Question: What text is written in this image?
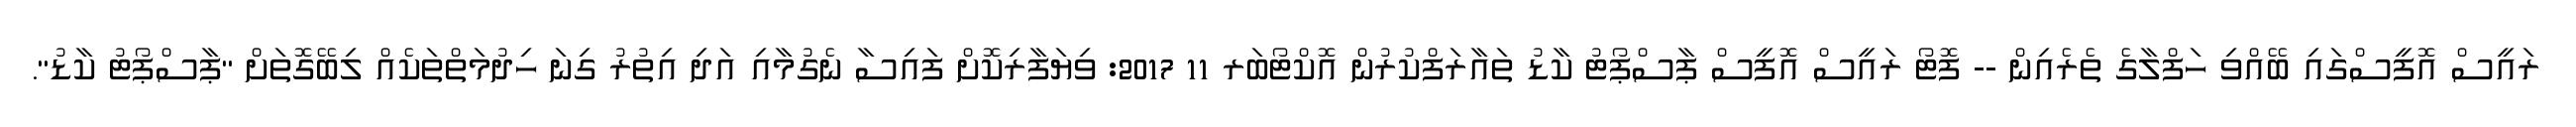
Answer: ރައީސް އޮފީސްގައި ބޭއްވި ހަފްލާގެ ތެރެއިން -- ފޮޓޯ ރައީސް އޮފީސް ޕާސްޕޯޓު ކާޑު ތައާރަފްކުރުން އޮކްޓޯބަރ 11 2017: ވިޔަފާރިކޮށް ފައިސާ ނެގުމާއި އަދި އިތުރު ގިނަ ހިދުމަތްތަކެއް ލިބޭގޮތަށް "ޕާސްޕޯޓު ކާޑު".